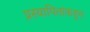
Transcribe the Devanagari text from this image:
प्रस्थापितांकडून